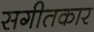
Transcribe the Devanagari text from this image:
सगीतकार